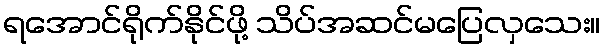
ရအောင်ရိုက်နိုင်ဖို့ သိပ်အဆင်မပြေလှသေး။